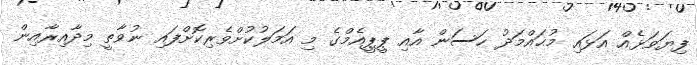
ފިޔަވަޅެއް އަޅައި މުޙައްމަދު ހަސަން އާއި ޕީޕީއެމްގެ މި އަމަލުކުށްވެރިކޮށްފައި ނުވާތީ މިދާއިރާއިން